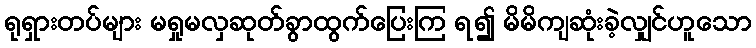
ရုရှားတပ်များ မရှုမလှဆုတ်ခွာထွက်ပြေးကြ ရ၍ မိမိကျဆုံးခဲ့လျှင်ဟူသော